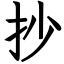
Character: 抄